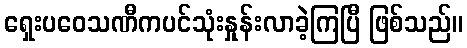
ရှေးပဝေသဏီကပင်သုံးနှုန်းလာခဲ့ကြပြီ ဖြစ်သည်။